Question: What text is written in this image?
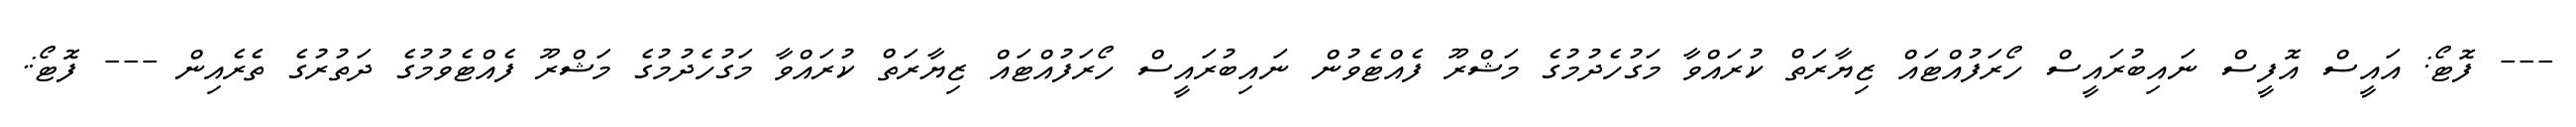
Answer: --- ފޮޓޯ: އައީސް އޮފީސް ނައިބުރައީސް ހޯރަފުއްޓައް ޒިޔާރަތް ކުރައްވާ މަގުހެދުމުގެ މަޝްރޫ ފެއްޓެވުން ނައިބުރައީސް ހޯރަފުއްޓައް ޒިޔާރަތް ކުރައްވާ މަގުހެދުމުގެ މަޝްރޫ ފެއްޓެވުމުގެ ދަތުރުގެ ތެރެއިން --- ފޮޓޯ:.